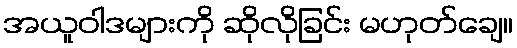
အယူဝါဒများကို ဆိုလိုခြင်း မဟုတ်ချေ။